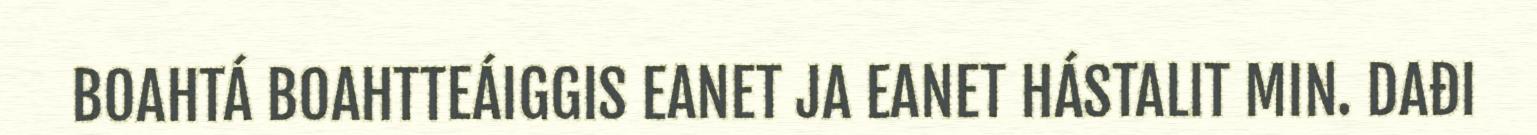
BOAHTÁ BOAHTTEÁIGGIS EANET JA EANET HÁSTALIT MIN. DAĐI